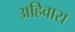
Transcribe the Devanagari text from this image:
अहिवारा